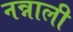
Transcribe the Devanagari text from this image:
नन्नाली